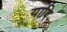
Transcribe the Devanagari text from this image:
यादि